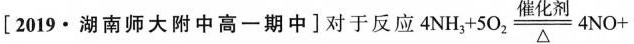
[2019·湖南师大附中高一期中]对于反应4NH_{3}+5O_{2} \xlongequal[△]{催化剂}4NO+